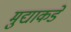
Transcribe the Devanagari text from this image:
मुद्याकडे